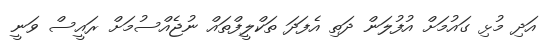
އަދި މުޅި ގައުމަށް އުފުލަން ދަތި އެފަދަ ތަކްލީފްތައް ނުޖެއްސުމަށް ރައީސް ވަނީ